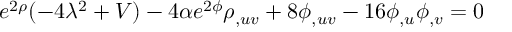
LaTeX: e ^ { 2 \rho } ( - 4 \lambda ^ { 2 } + V ) - 4 \alpha e ^ { 2 \phi } \rho _ { , u v } + 8 \phi _ { , u v } - 1 6 \phi _ { , u } \phi _ { , v } = 0